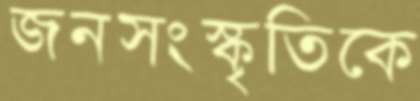
জনসংস্কৃতিকে